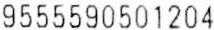
9555590501204